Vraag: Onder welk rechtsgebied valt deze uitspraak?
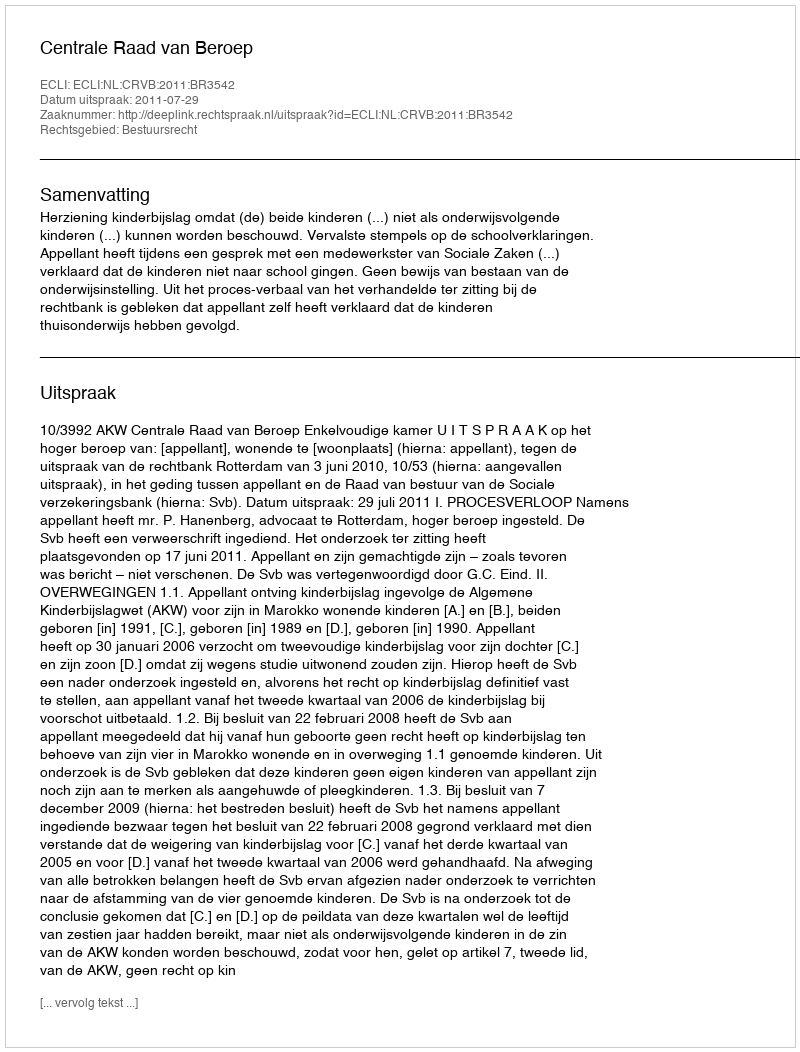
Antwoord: Bestuursrecht